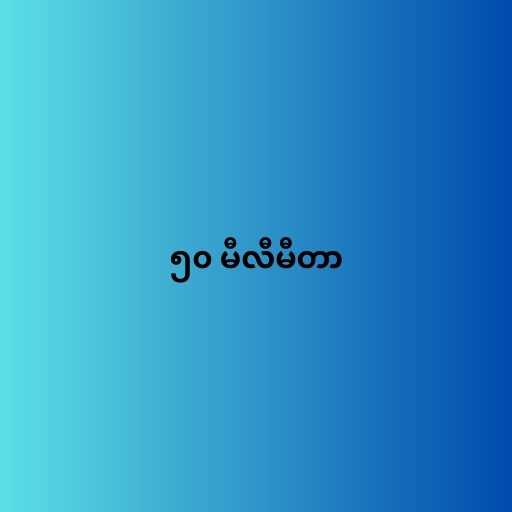
၅၀ မီလီမီတာ